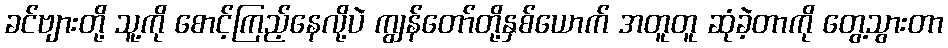
ခင်ဗျားတို့ သူ့ကို စောင့်ကြည့်နေလို့ပဲ ကျွန်တော်တို့နှစ်ယောက် အတူတူ ဆုံခဲ့တာကို တွေ့သွားတာ